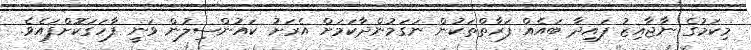
މިކަމުގެ ނާޖާއިޒު ފައިދާ ބައެއް ފަރާތްތަކުން ނަގަމުންދާކަމަށް އެރަށު ކައުންސިލުން ވަނީ ފާހަގަކޮށްފައެވެ.